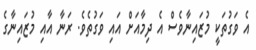
އެ ވަގުތަކީ މުޒައިނާވެސް އެ ދިމާއަށް އައި ވަގުތެވެ. ރަނާ އާއި މުޒައިނާގެ